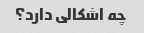
چه اشکالی دارد؟